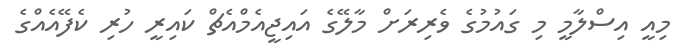
މިއީ އިސްލާމީ މި ގައުމުގެ ވެރިރަށް މާލޭގެ އައިޖީއެމްއެޗް ކައިރީ ހުރި ކެފޭއެއްގެ